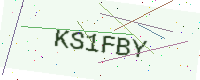
Text: KS1FBY